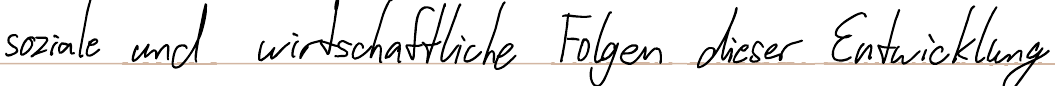
soziale und wirtschaftliche Folgen dieser Entwicklung